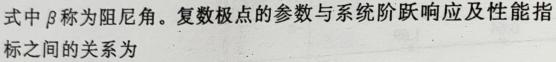
式中$\beta$称为阻尼角。复数极点的参数与系统阶跃响应及性能指标之间的关系为